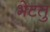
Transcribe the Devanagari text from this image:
भेटतु